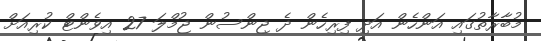
މުބާރާތުގައި އަންހެން އަދި ފިރިހެން ދެ ޖިންސުން ޖުމްލަ 27 އިވެންޓް ކުރިއަށް